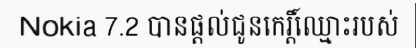
Nokia 7.2 បានផ្តល់ជូនកេរ្តិ៍ឈ្មោះរបស់